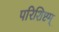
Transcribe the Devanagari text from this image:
परिशिष्टम्